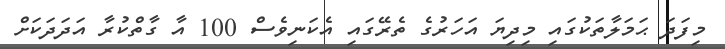
މިފަދަ ޙަމަލާތަކުގައި މިދިޔަ އަހަރުގެ ތެރޭގައި އެކަނިވެސް 100 އާ ގާތްކުރާ އަދަދަކަށް